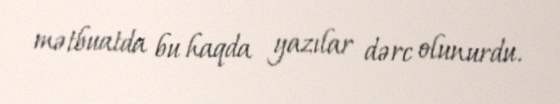
mətbuatda bu haqda yazılar dərc olunurdu.